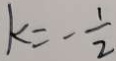
k = - \frac { 1 } { 2 }